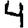
Digit: 4